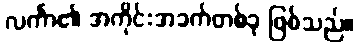
လင်္ကာ၏ အကိုင်းအခက်တစ်ခု ဖြစ်သည်။